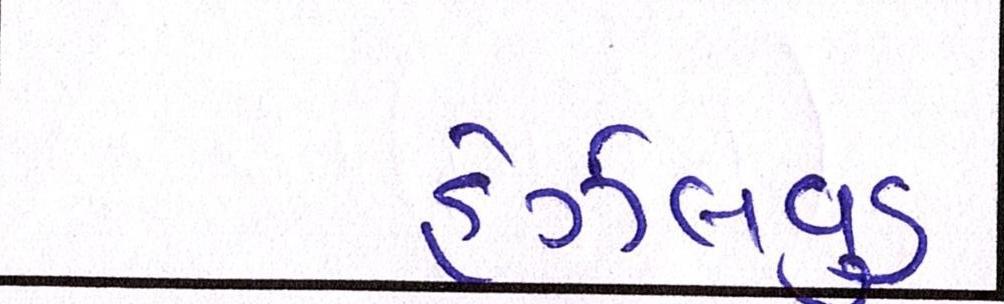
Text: હેઝલવૂડ